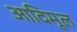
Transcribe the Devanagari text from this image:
आदिमूल